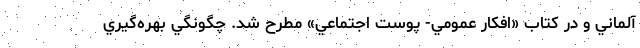
آلماني و در كتاب «افكار عمومي- پوست اجتماعي» مطرح شد. چگونگي بهره‌گيري